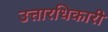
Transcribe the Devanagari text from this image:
उत्तारधिकारी